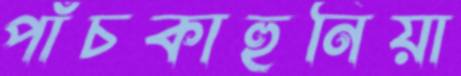
পাঁচকাহুনিয়া